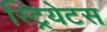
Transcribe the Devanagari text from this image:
स्ट्रियेटस